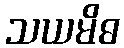
သယမိဓ